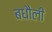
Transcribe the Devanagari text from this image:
बधौली